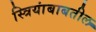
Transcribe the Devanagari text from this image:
स्त्रियांबाबतील